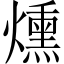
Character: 燻